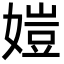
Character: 㜐